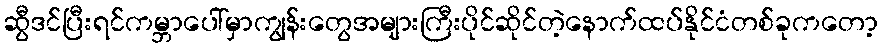
ဆွီဒင်ပြီးရင်ကမ္ဘာပေါ်မှာကျွန်းတွေအများကြီးပိုင်ဆိုင်တဲ့နောက်ထပ်နိုင်ငံတစ်ခုကတော့